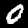
Digit: 0